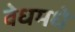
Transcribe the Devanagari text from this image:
वेधमधे